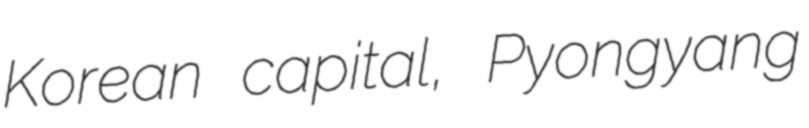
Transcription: Korean capital, Pyongyang